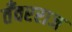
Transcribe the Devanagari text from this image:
तँवरराज